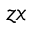
z x